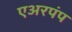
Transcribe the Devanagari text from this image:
एअरपंप